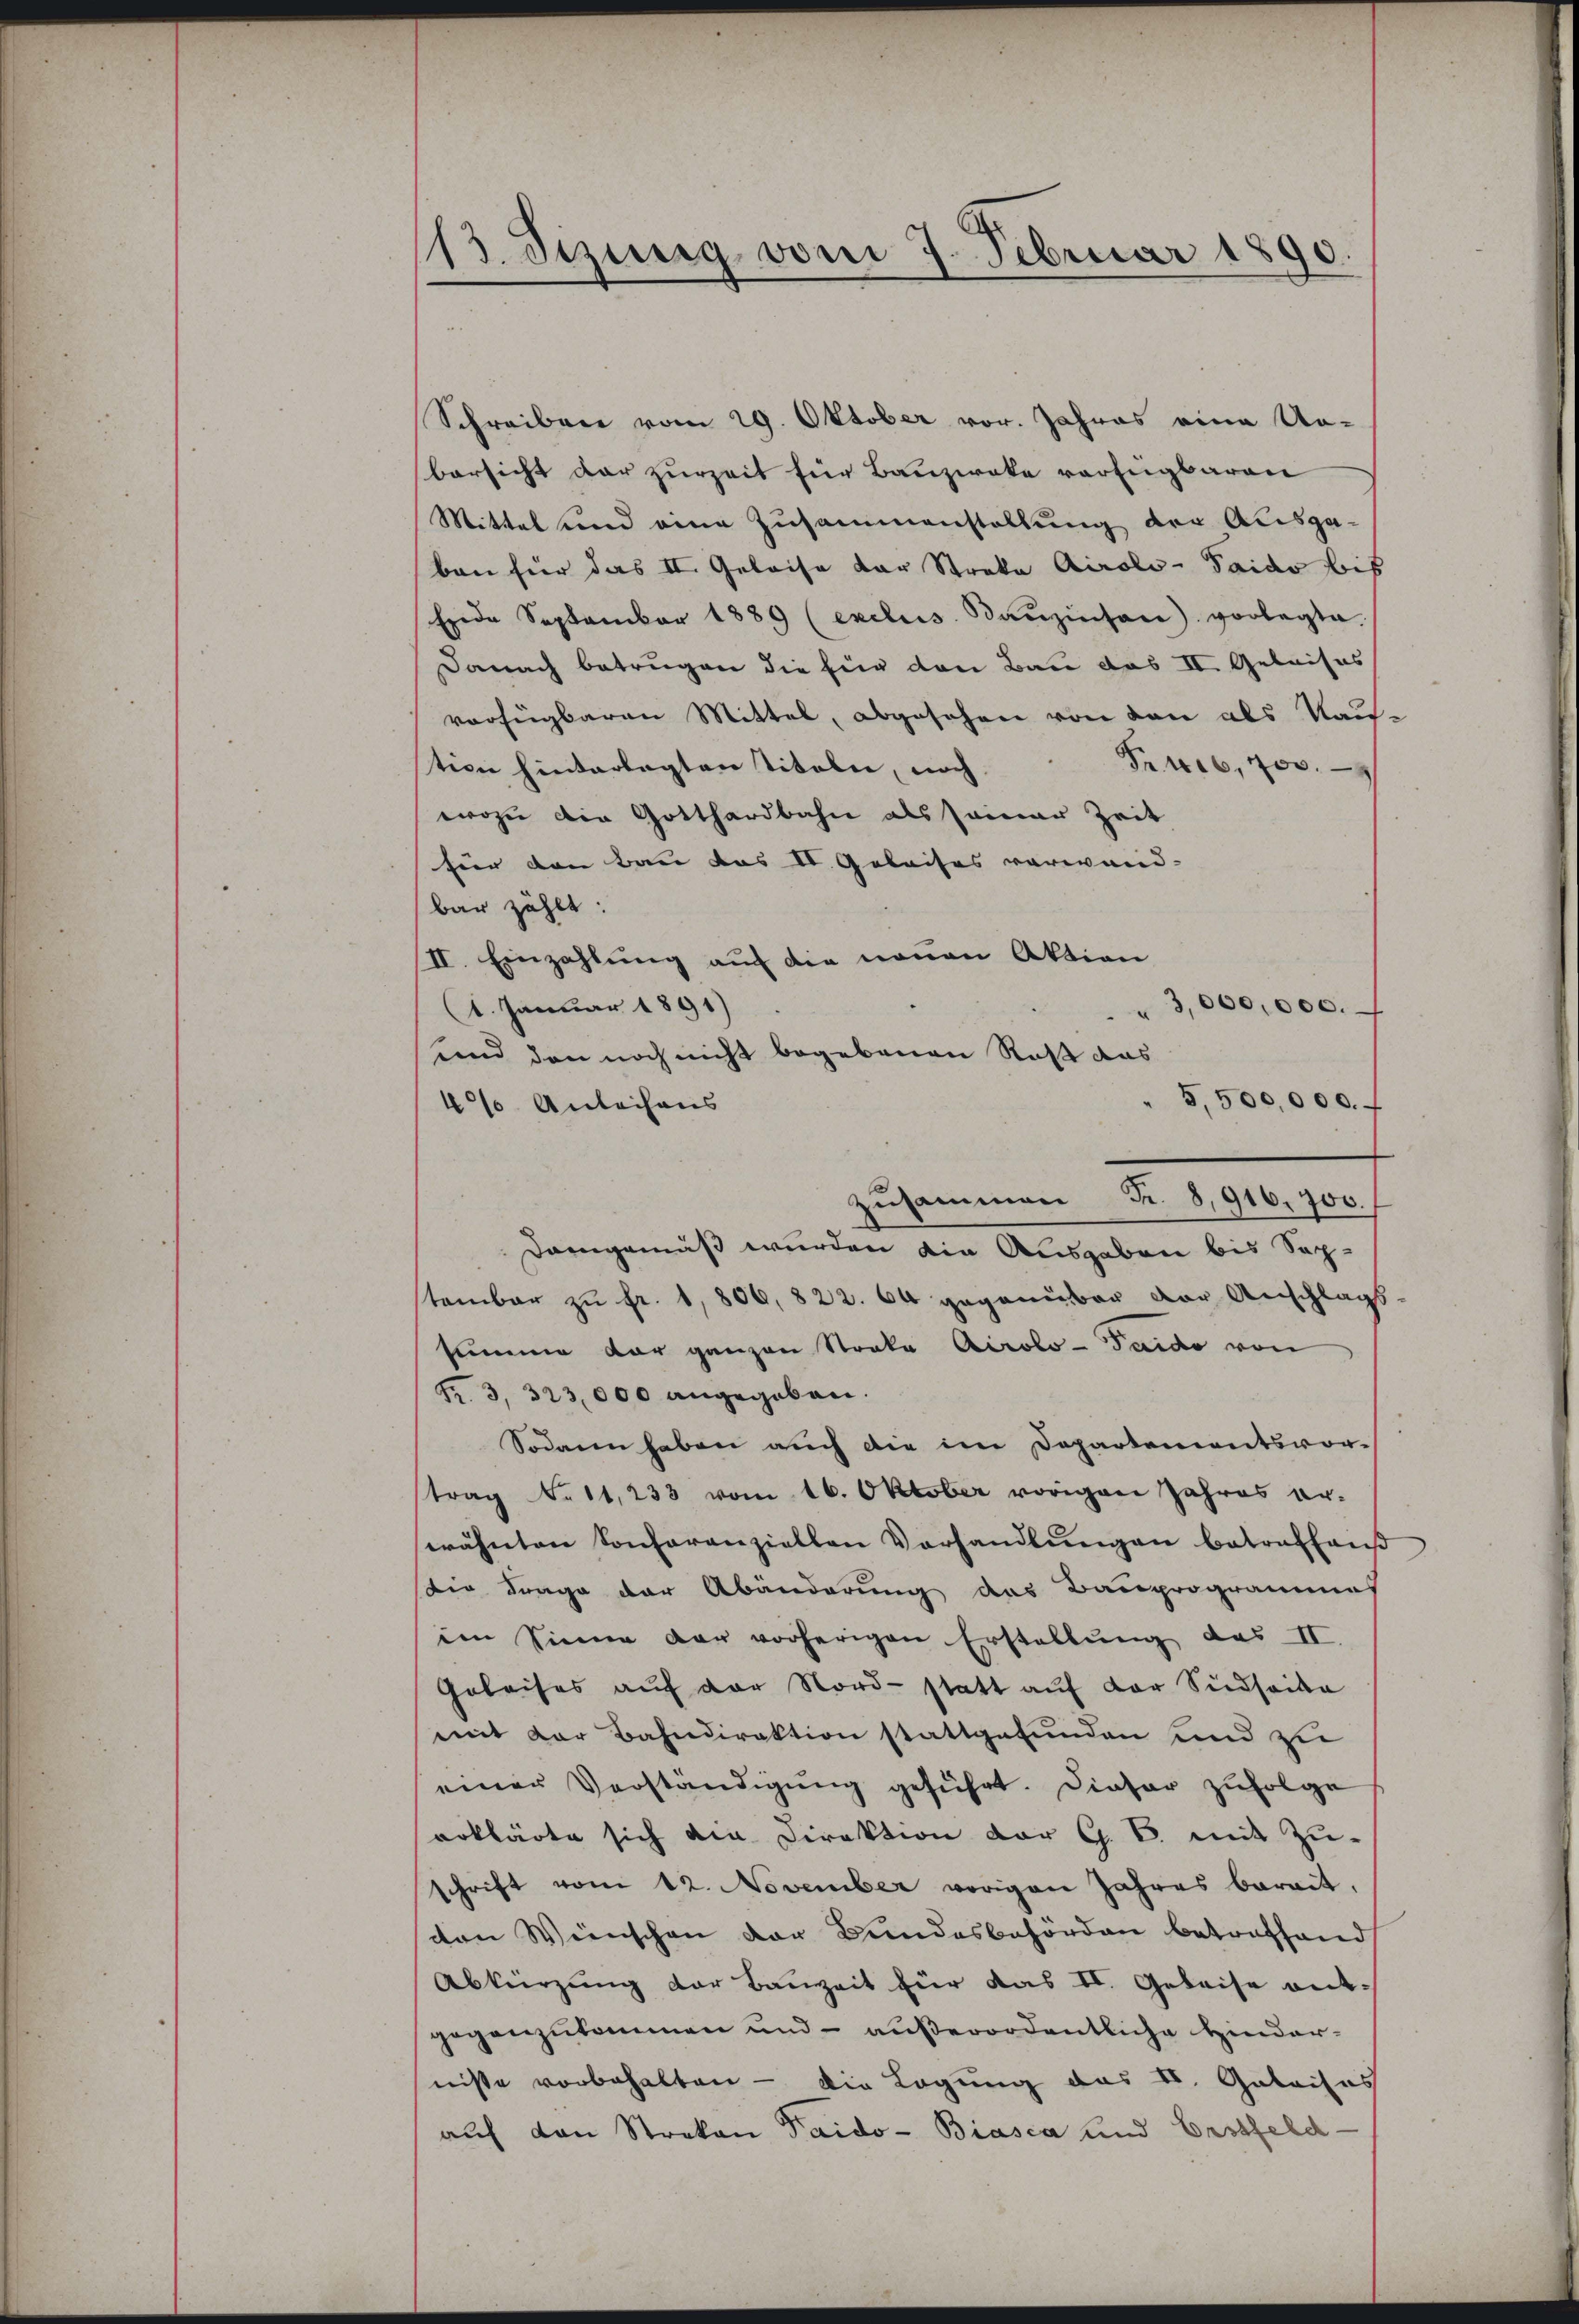
113. dezing vom 7. Februar 1890.

Schreiben vom 29. Oktober vor. Jahres eine Un-
bersicht dar zurzeit für Bauzweke verfügbaren
Mittel und eine Zusammenstellung der Ausgaben für das II. Geleise der Stroka Airols-Taido bis
Ende September 1889 (exclus. Baŭzinsen) vorlegte.
Danach betrugen die für den Bau das II. Geleises
vorfügbaren Mittel, abgesehen von den als Kau-
Pruis, 4700.
tion hinterlegten Titeln, noch
wozu die Gotthardbahn als seiner Zeit
für den Bau das IV. Geleises verwand- |
bar zählt:
II. Einzahlung auf die neuen Aktion
1. Januar 1891)
3,000,000.
und den noch nicht begebenen Ruß das
5,500,000.
4% Anleihans
Damgemäß wurden die Ausgaben bis Sep-
tambar zŭ fr. 1,806, 822. 64 gegenüber der Anschlags-
summe der ganzen Streke Airolo - Taido von
Fr. 3, 323,000 angegeben.
Sodann haben auch die im Departementsvor-
trag No. 11, 233 vom 16. Oktober vorigen Jahres er-
wähnten Konferanziellen Verhandlŭngen betreffend
die Frage der Abänderung das Bauprogrammes
im Sinne der vorherigen Erstellung des II.
Geleises auf der Nord- statt auf der Südsaika
mit der Bahndirektion stattgefunden und zu
einer Verständigŭng geführt. Dieser zufolge
erklärte sich die Direktion der G. B. mit Zuschrift vom 12. November vorigen Jahres berait,
ton Wünschen der Bundesbehörden betreffend
Abkürzung der Bauzeit für das II. Geleise entgegenzukommen und – außerordentliche Hindernisse vorbehalten - die Legung das V. Galaisas
auf von Strokan Paido- Biasca und Erstfeld-

zusammen N. 8,916, 700.